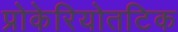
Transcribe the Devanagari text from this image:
प्रोकेरियोतटिक